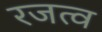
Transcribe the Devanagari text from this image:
रजत्व